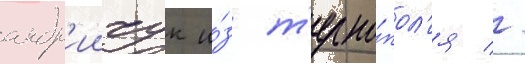
андр'иичук и́з т'ерно́пол'я //